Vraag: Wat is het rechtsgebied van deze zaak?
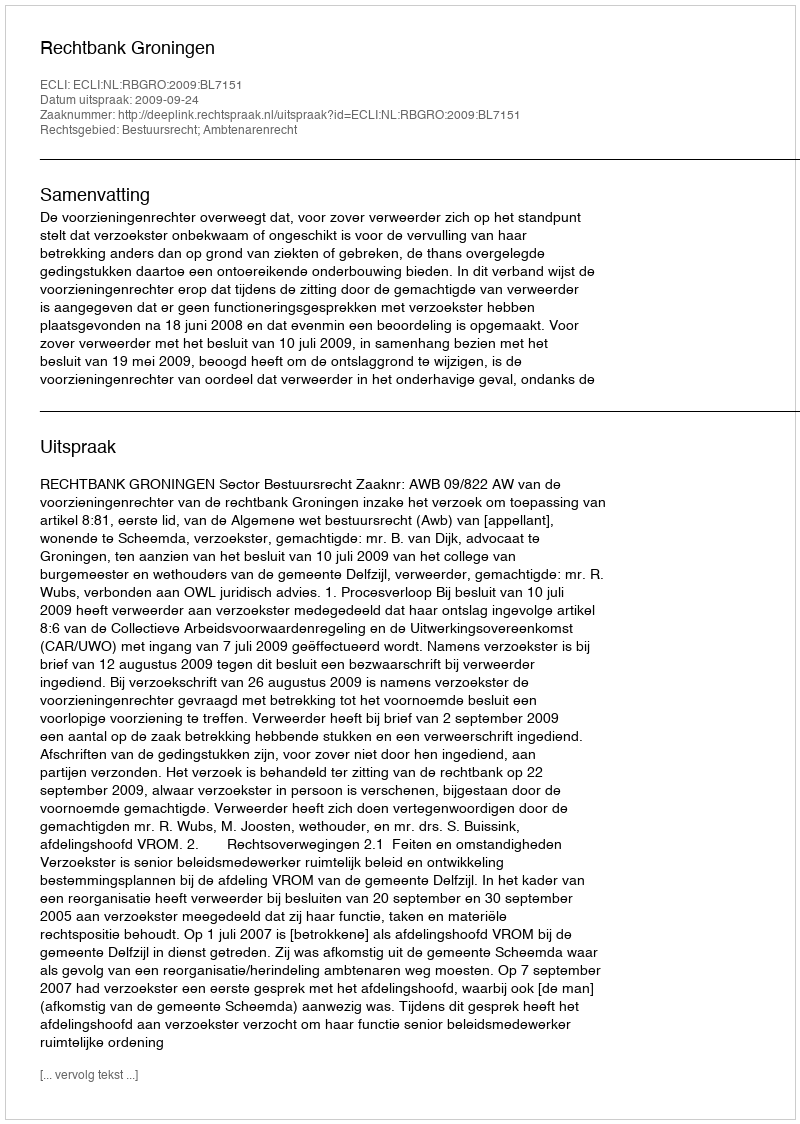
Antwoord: Bestuursrecht; Ambtenarenrecht